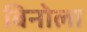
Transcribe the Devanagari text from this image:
बिनोला